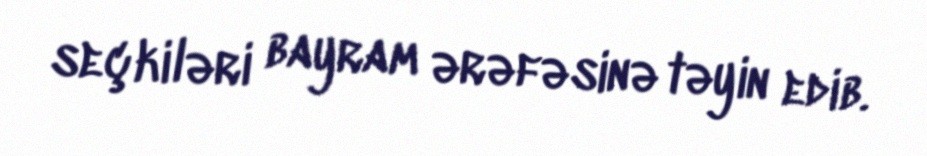
seçkiləri bayram ərəfəsinə təyin edib.